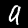
Digit: 9